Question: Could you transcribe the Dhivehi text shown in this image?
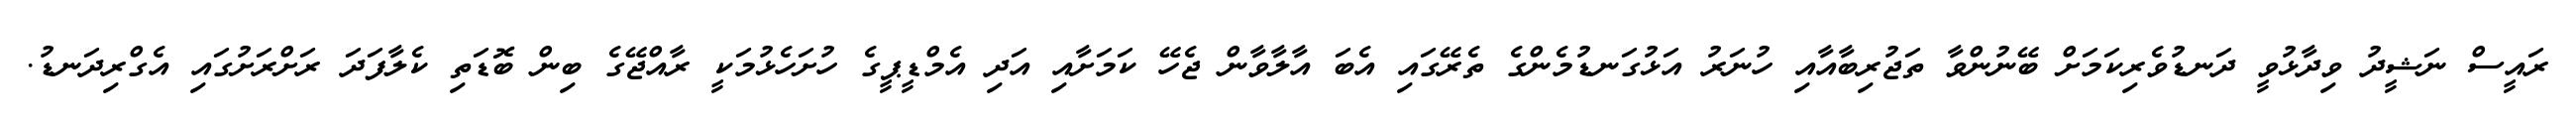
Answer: ރައީސް ނަޝީދު ވިދާޅުވީ ދަނޑުވެރިކަމަށް ބޭނުންވާ ތަޖުރިބާއާއި ހުނަރު އަޅުގަނޑުމެންގެ ތެރޭގައި އެބަ އާލާވާން ޖެހޭ ކަމަށާއި އަދި އެމްޑީޕީގެ ހުށަހެޅުމަކީ ރާއްޖޭގެ ބިން ބޮޑަތި ކެލާފަދަ ރަށްރަށުގައި އެގްރިދަނޑު.